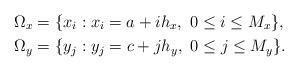
LaTeX: \begin{align*}\Omega_x&=\{x_i:x_i=a+ih_x,\ 0\leq i\leq M_x\},\\\Omega_y&=\{y_j:y_j=c+jh_y,\ 0\leq j\leq M_y\}.\end{align*}